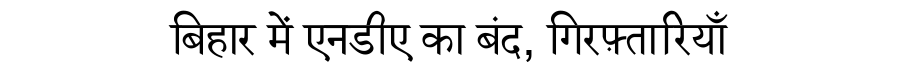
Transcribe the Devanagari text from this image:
बिहार में एनडीए का बंद, गिरफ़्तारियाँ